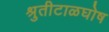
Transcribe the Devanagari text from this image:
श्रुतीटाळघोष